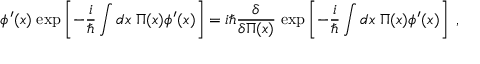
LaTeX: \phi ^ { \prime } ( x ) \; \mathrm { e x p } \left[ - { \frac { i } { \hbar } } \int d x \; \Pi ( x ) \phi ^ { \prime } ( x ) \right] = i \hbar { \frac { \delta } { \delta \Pi ( x ) } } \; \mathrm { e x p } \left[ - { \frac { i } { \hbar } } \int d x \; \Pi ( x ) \phi ^ { \prime } ( x ) \right] \; ,